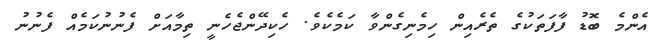
އެންމެ ބޮޑު ފާފަތަކުގެ ތެރެއިން ހިމެނިގެންވާ ކަމެކެވެ. ހެކިދޭންޖެހެނީ ތިމާއަށް ފެނުނުކަމެއް ފެނުނު